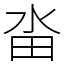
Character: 畓